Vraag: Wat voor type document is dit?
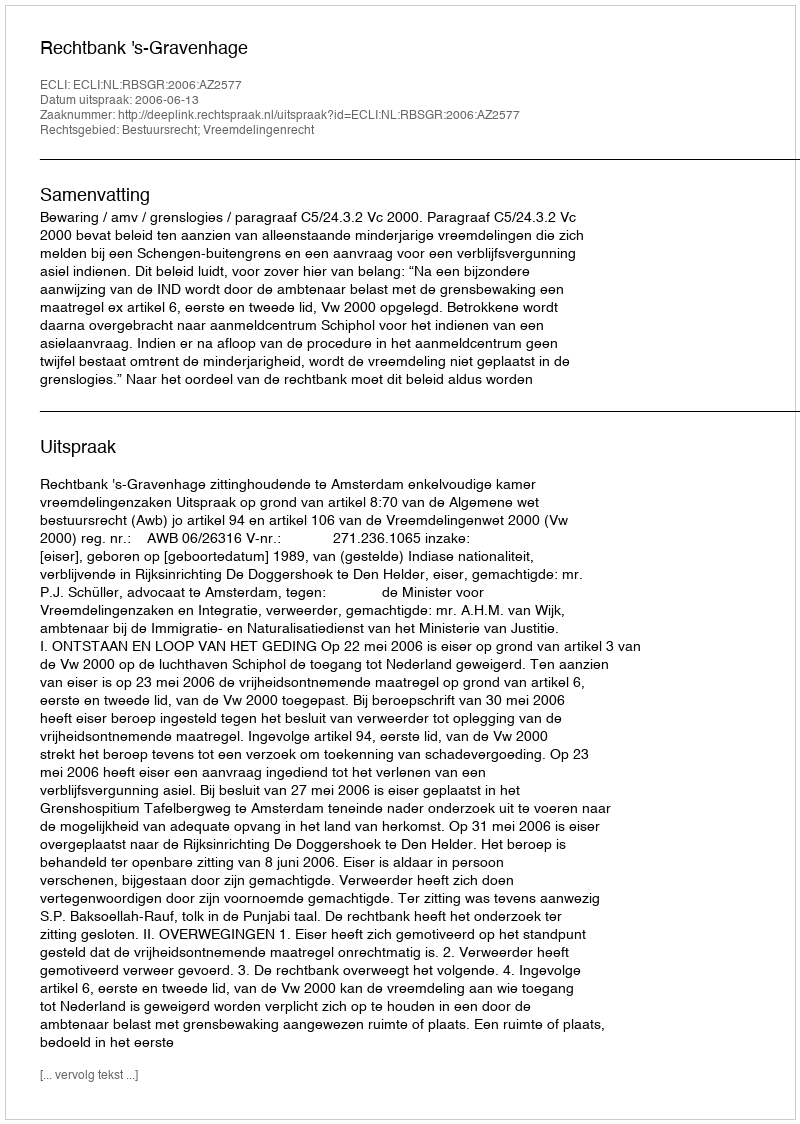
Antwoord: Uitspraak